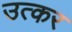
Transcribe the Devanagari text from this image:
उत्कर